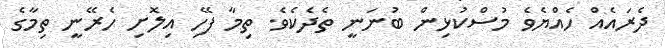
ދެރައެއް ހެއްޔެވެ މުސްކުޅިން ބުނަނީ ތެދެކެވެ. ތިމާ ފޭހި އިލޮށި ހެރޭނީ ތިމާގެ